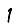
Digit: 1